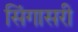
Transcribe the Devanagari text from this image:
सिंगासरी